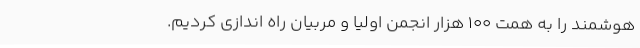
هوشمند را به همت 100 هزار انجمن اولیا و مربیان راه اندازی کردیم.